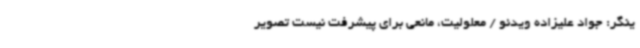
ینگر:‌ جواد علیزاده ویدئو / معلولیت، مانعی برای پیشرفت نیست تصویر